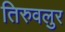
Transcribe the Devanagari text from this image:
तिरुवलुर